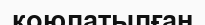
коюлатылған